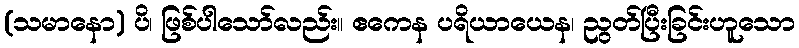
(သမာနော) ပိ၊ ဖြစ်ပါသော်လည်း။ ဧကေန ပရိယာယေန၊ ညွတ်ပြီးခြင်းဟူသော